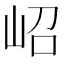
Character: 岹